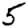
Digit: 5